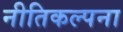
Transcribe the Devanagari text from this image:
नीतिकल्पना